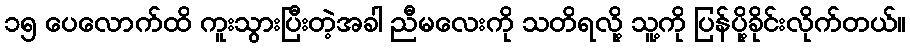
၁၅ ပေလောက်ထိ ကူးသွားပြီးတဲ့အခါ ညီမလေးကို သတိရလို့ သူ့ကို ပြန်ပို့ခိုင်းလိုက်တယ်။